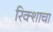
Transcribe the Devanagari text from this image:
रिक्शाचा